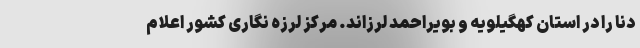
دنا را در استان کهگیلویه و بویراحمد لرزاند. مرکز لرزه نگاری کشور اعلام